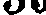
130